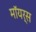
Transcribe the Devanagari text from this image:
मॉयर्स